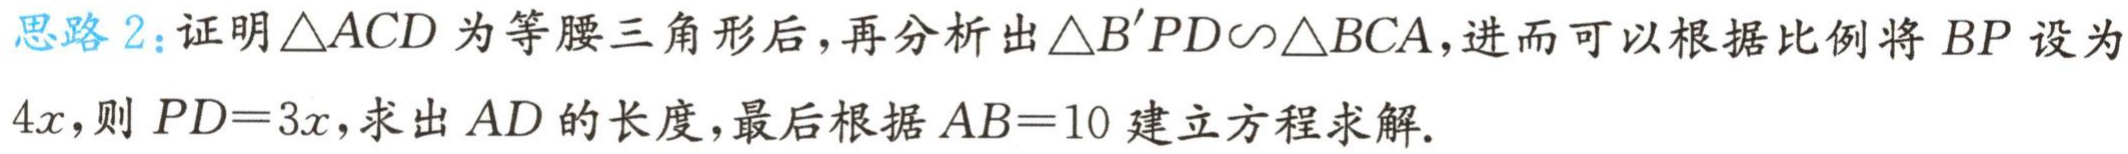
思路 2：证明\(\triangle ACD\)为等腰三角形后，再分析出\(\triangle B'PD\sim\triangle BCA\)，进而可以根据比例将\(BP\)设为\(4x\)，则\(PD = 3x\)，求出\(AD\)的长度，最后根据\(AB = 10\)建立方程求解.